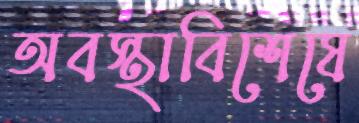
অবস্থাবিশেষে